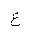
Letter: _ayn